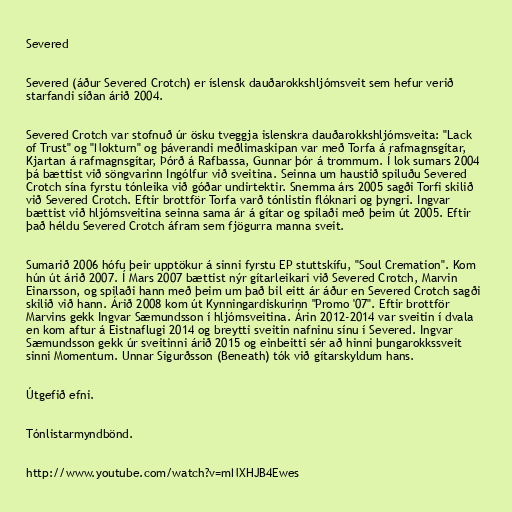
Severed

Severed (áður Severed Crotch) er íslensk dauðarokkshljómsveit sem hefur verið
starfandi síðan árið 2004.

Severed Crotch var stofnuð úr ösku tveggja islenskra dauðarokkshljómsveita: "Lack
of Trust" og "Nokturn" og þáverandi meðlimaskipan var með Torfa á rafmagnsgítar,
Kjartan á rafmagnsgítar, Þórð á Rafbassa, Gunnar þór á trommum. Í lok sumars 2004
þá bættist við söngvarinn Ingólfur við sveitina. Seinna um haustið spiluðu Severed
Crotch sína fyrstu tónleika við góðar undirtektir. Snemma árs 2005 sagði Torfi skilið
við Severed Crotch. Eftir brottför Torfa varð tónlistin flóknari og þyngri. Ingvar
bættist við hljómsveitina seinna sama ár á gítar og spilaði með þeim út 2005. Eftir
það héldu Severed Crotch áfram sem fjögurra manna sveit.

Sumarið 2006 hófu þeir upptökur á sinni fyrstu EP stuttskífu, "Soul Cremation". Kom
hún út árið 2007. Í Mars 2007 bættist nýr gítarleikari við Severed Crotch, Marvin
Einarsson, og spilaði hann með þeim um það bil eitt ár áður en Severed Crotch sagði
skilið við hann. Árið 2008 kom út Kynningardiskurinn "Promo '07". Eftir brottför
Marvins gekk Ingvar Sæmundsson í hljómsveitina. Árin 2012-2014 var sveitin í dvala
en kom aftur á Eistnaflugi 2014 og breytti sveitin nafninu sínu í Severed. Ingvar
Sæmundsson gekk úr sveitinni árið 2015 og einbeitti sér að hinni þungarokkssveit
sinni Momentum. Unnar Sigurðsson (Beneath) tók við gítarskyldum hans.

Útgefið efni.

Tónlistarmyndbönd.

http://www.youtube.com/watch?v=mNXHJB4Ewes